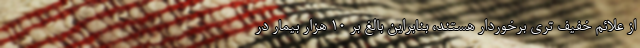
از علائم خفیف تری برخوردار هستند، بنابراین بالغ بر ۱۰ هزار بیمار در